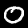
Label: 0